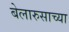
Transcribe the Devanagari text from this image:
बेलारुसाच्या